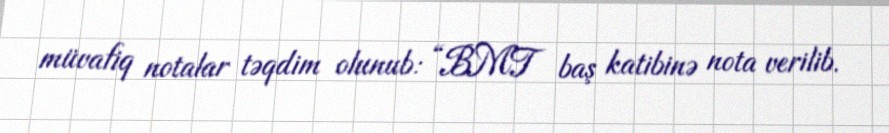
müvafiq notalar təqdim olunub: “BMT baş katibinə nota verilib.